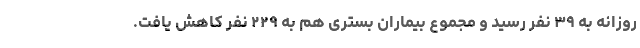
روزانه به ۳۹ نفر رسید و مجموع بیماران بستری هم به ۲۲۹ نفر کاهش یافت.